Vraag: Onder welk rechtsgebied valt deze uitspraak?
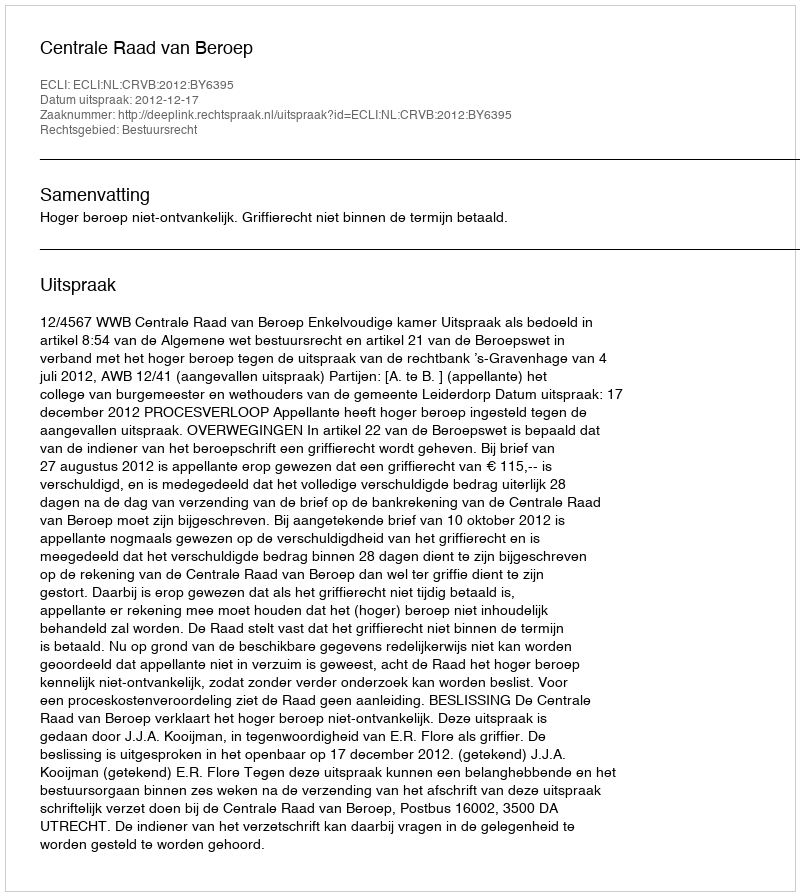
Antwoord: Bestuursrecht